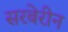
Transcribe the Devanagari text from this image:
सरबेरीन